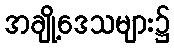
အချို့ဒေသများ၌